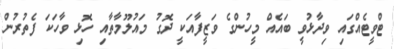
ޓްވީޓެއްގައި ވިދާޅުވީ ބައެއް މީހުންގެ ވަޒީފާއަކީ ދޮގު މައުލޫމާތާއި ހޮޅި ވާހަކަ ފެތުރުން